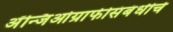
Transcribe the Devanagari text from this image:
अँन्जिओग्राफीसंबंधीचे